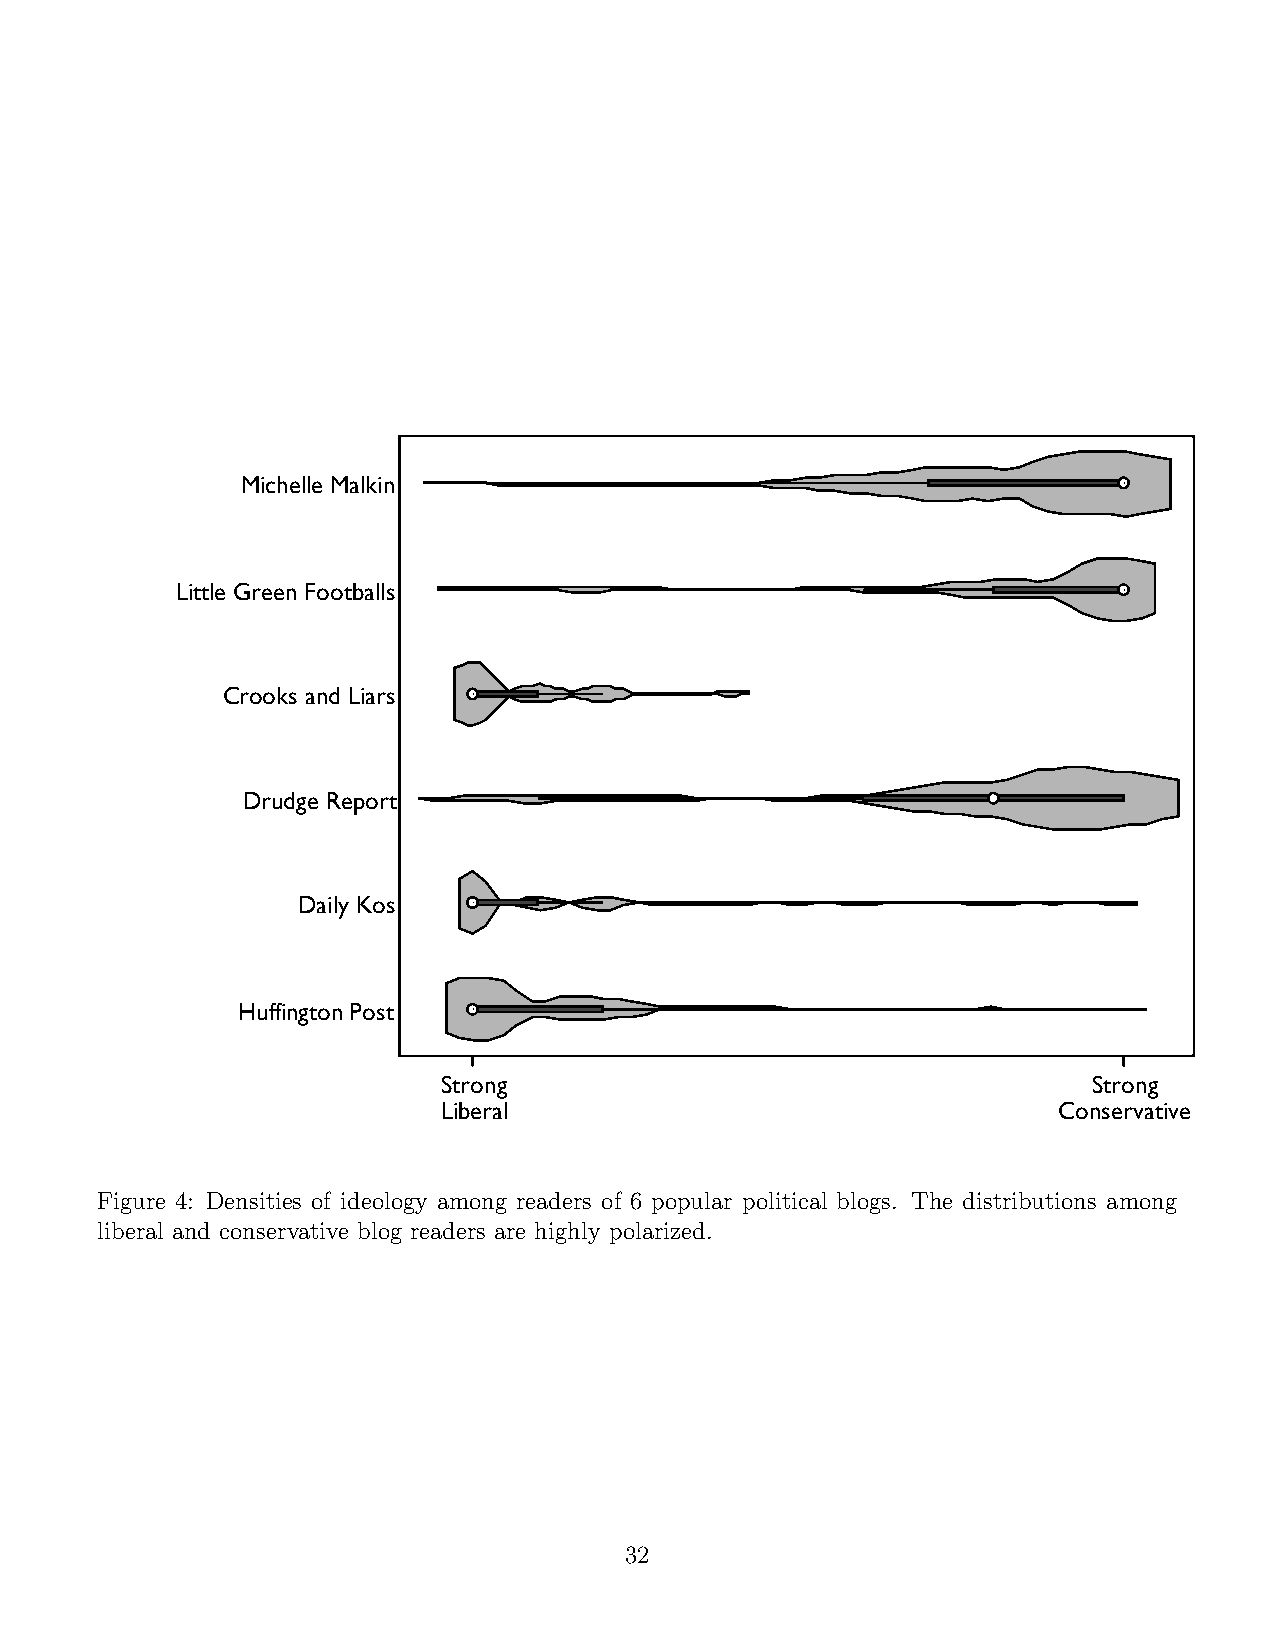
Michelle Malkin
 Little Green Footballs
 Crooks and Liars
 Drudge Report
 Daily Kos
 Huffington Post
 Strong                                     Strong
 Liberal                                  Conservative
 Figure 4: Densities of ideology among readers of 6 popular political blogs. The distributions among
 liberal and conservative blog readers are highly polarized.
 32
 HHDDDDCCLLMMSSLLSSCC u ffin g t o n P o s tu ffin g t o n P o s ta ily K o sa ily K o sr u d g e R e p o r tr u d g e R e p o r tr o o k s a n d L ia rr o o k s a n d L ia rit t le G r e e n F o oit t le G r e e n F o oic h e lle M a lk inic h e lle M a lk int r o n gt r o n gib e r a lib e r a lt r o n gt r o n go n s e r v a t iv eo n s e r v a t iv e sstt bb aa llslls